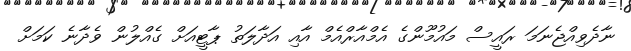
ނާދެވިއްޖެނަމަ ރައީސް މައުމޫންގެ އެމްއާރްއެމް އާއި އަދާލަތު ޕާޓީއަށް ގެއްލުން ވެދާނެ ކަމަށް